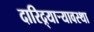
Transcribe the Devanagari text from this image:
दारिद्र्याऱ्यावस्था